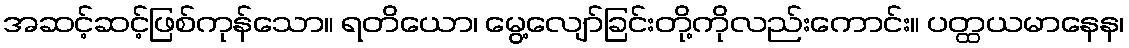
အဆင့်ဆင့်ဖြစ်ကုန်သော။ ရတိယော၊ မွေ့လျော်ခြင်းတို့ကိုလည်းကောင်း။ ပတ္ထယမာနေန၊